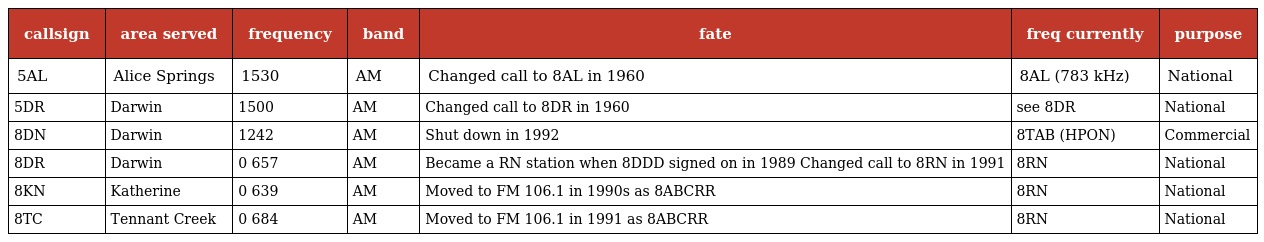
| callsign | area served | frequency | band | fate | freq currently | purpose |
 | --- | --- | --- | --- | --- | --- | --- |
 | 5AL | Alice Springs | 1530 | AM | Changed call to 8AL in 1960 | 8AL (783 kHz) | National |
 | 5DR | Darwin | 1500 | AM | Changed call to 8DR in 1960 | see 8DR | National |
 | 8DN | Darwin | 1242 | AM | Shut down in 1992 | 8TAB (HPON) | Commercial |
 | 8DR | Darwin | 0 657 | AM | Became a RN station when 8DDD signed on in 1989 Changed call to 8RN in 1991 | 8RN | National |
 | 8KN | Katherine | 0 639 | AM | Moved to FM 106.1 in 1990s as 8ABCRR | 8RN | National |
 | 8TC | Tennant Creek | 0 684 | AM | Moved to FM 106.1 in 1991 as 8ABCRR | 8RN | National |